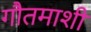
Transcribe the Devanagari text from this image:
गौतमाशी